画像に写った文字を読んでください
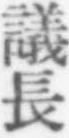
「議長」と書いてあります